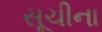
સૂચીના